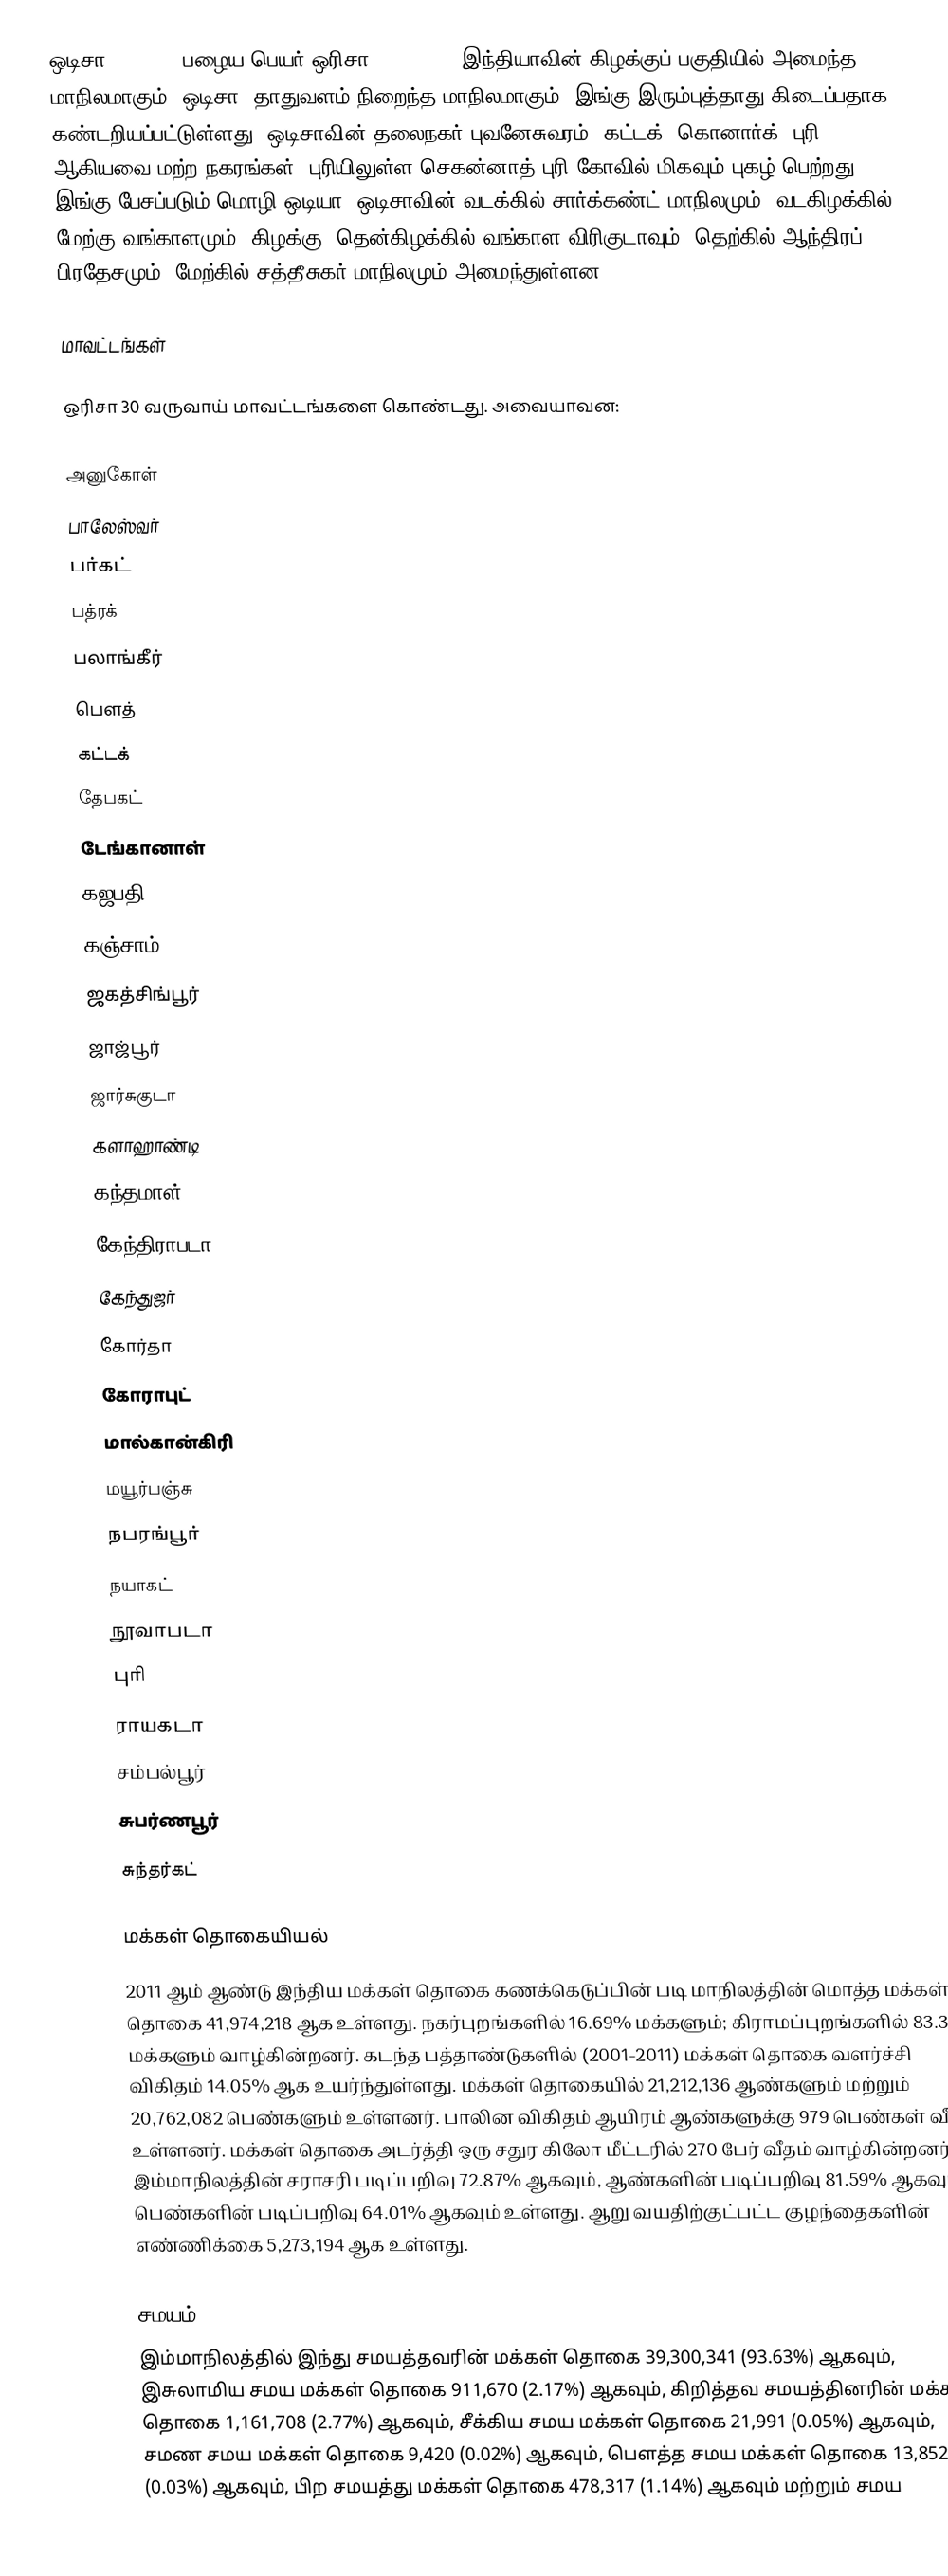
ஒடிசா  (Odisha, பழைய பெயர் ஒரிசா (Orissa)), இந்தியாவின் கிழக்குப் பகுதியில் அமைந்த மாநிலமாகும். ஒடிசா, தாதுவளம் நிறைந்த மாநிலமாகும். இங்கு இரும்புத்தாது கிடைப்பதாக கண்டறியப்பட்டுள்ளது. ஒடிசாவின் தலைநகர் புவனேசுவரம். கட்டக், கொனார்க், புரி ஆகியவை மற்ற நகரங்கள். புரியிலுள்ள செகன்னாத் புரி கோவில் மிகவும் புகழ் பெற்றது. இங்கு பேசப்படும் மொழி ஒடியா. ஒடிசாவின் வடக்கில் சார்க்கண்ட் மாநிலமும், வடகிழக்கில் மேற்கு வங்காளமும், கிழக்கு, தென்கிழக்கில் வங்காள விரிகுடாவும், தெற்கில் ஆந்திரப் பிரதேசமும், மேற்கில் சத்தீசுகர் மாநிலமும் அமைந்துள்ளன.

மாவட்டங்கள்

ஒரிசா 30 வருவாய் மாவட்டங்களை கொண்டது. அவையாவன:

 அனுகோள்
 பாலேஸ்வர்
 பர்கட்
 பத்ரக்
 பலாங்கீர்
 பௌத்
 கட்டக்
 தேபகட்
 டேங்கானாள்
 கஜபதி
 கஞ்சாம்
 ஜகத்சிங்பூர்
 ஜாஜ்பூர்
 ஜார்சுகுடா
 களாஹாண்டி
 கந்தமாள்
 கேந்திராபடா
 கேந்துஜர்
 கோர்தா
 கோராபுட்
 மால்கான்கிரி
 மயூர்பஞ்சு
 நபரங்பூர்
 நயாகட்
 நூவாபடா
 புரி
 ராயகடா
 சம்பல்பூர்
 சுபர்ணபூர்
 சுந்தர்கட்

மக்கள் தொகையியல்
2011 ஆம் ஆண்டு இந்திய மக்கள் தொகை கணக்கெடுப்பின் படி மாநிலத்தின் மொத்த மக்கள் தொகை 41,974,218 ஆக உள்ளது. நகர்புறங்களில் 16.69% மக்களும்; கிராமப்புறங்களில் 83.31% மக்களும் வாழ்கின்றனர். கடந்த பத்தாண்டுகளில் (2001-2011) மக்கள் தொகை வளர்ச்சி  விகிதம் 14.05% ஆக உயர்ந்துள்ளது. மக்கள் தொகையில் 21,212,136 ஆண்களும் மற்றும் 20,762,082 பெண்களும் உள்ளனர். பாலின விகிதம் ஆயிரம் ஆண்களுக்கு 979 பெண்கள் வீதம் உள்ளனர். மக்கள் தொகை அடர்த்தி ஒரு சதுர கிலோ மீட்டரில் 270 பேர் வீதம் வாழ்கின்றனர். இம்மாநிலத்தின் சராசரி படிப்பறிவு 72.87% ஆகவும், ஆண்களின் படிப்பறிவு 81.59% ஆகவும், பெண்களின் படிப்பறிவு 64.01% ஆகவும் உள்ளது. ஆறு வயதிற்குட்பட்ட குழந்தைகளின் எண்ணிக்கை 5,273,194 ஆக உள்ளது.

சமயம்
இம்மாநிலத்தில் இந்து சமயத்தவரின் மக்கள் தொகை 39,300,341 (93.63%) ஆகவும், இசுலாமிய சமய மக்கள் தொகை 911,670 (2.17%) ஆகவும், கிறித்தவ சமயத்தினரின் மக்கள் தொகை 1,161,708 (2.77%)   ஆகவும், சீக்கிய சமய மக்கள் தொகை 21,991 (0.05%) ஆகவும், சமண சமய மக்கள் தொகை 9,420 (0.02%) ஆகவும், பௌத்த சமய மக்கள் தொகை 13,852 (0.03%) ஆகவும், பிற சமயத்து மக்கள் தொகை 478,317 (1.14%) ஆகவும் மற்றும் சமய